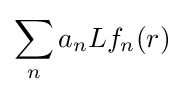
\sum _{n}a_{n}Lf_{n}(r)